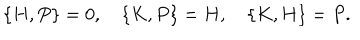
LaTeX: \{ H , P \} = 0 , \quad \{ K , P \} = H , \quad \{ K , H \} = P .